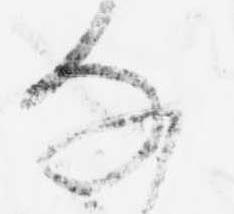
な